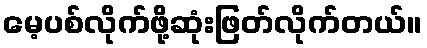
မေ့ပစ်လိုက်ဖို့ဆုံးဖြတ်လိုက်တယ်။